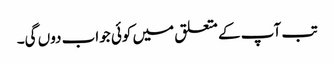
تب آپ کے متعلق میں کوئی جواب دوں گی۔